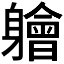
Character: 𫏱